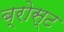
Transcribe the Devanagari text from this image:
ब्रोस्ट